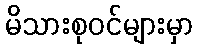
မိသားစုဝင်များမှာ